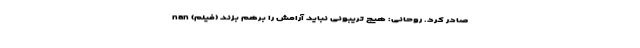
صادر کرد. روحانی: هیچ تریبونی نباید آرامش را برهم بزند (فیلم) nan